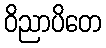
ဝိညာပိတေ